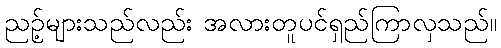
ညဥ့်များသည်လည်း အလားတူပင်ရှည်ကြာလှသည်။